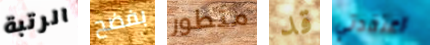
الرتبة بفضح متطور قد اعتقدتي